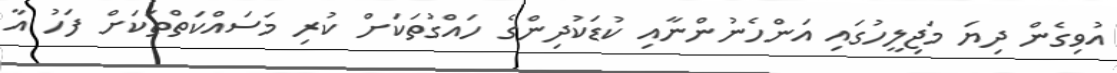
އުވިގެން ދިޔަ މަޖިލީހުގައި އަންހެނުންނާއި ކުޑަކުދިންގެ ހައްގުތަކަށް ކުރި މަސައްކަތްތަކަށް ފަހު އާ